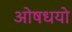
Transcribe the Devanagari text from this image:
ओषधयो